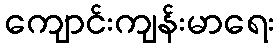
ကျောင်းကျန်းမာရေး